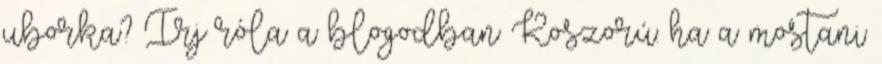
uborka? Írj róla a blogodban Koszorú: ha a mostani